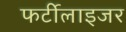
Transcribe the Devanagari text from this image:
फर्टीलाइजर